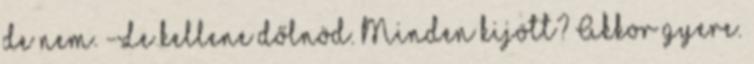
de nem. -Le kellene dőlnöd. Minden kijött? Akkor gyere.